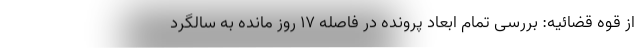
از قوه قضائیه: بررسی تمام ابعاد پرونده در فاصله ۱۷ روز مانده به سالگرد